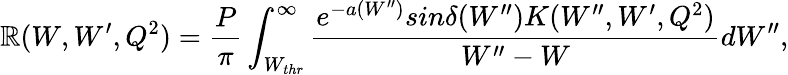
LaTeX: \mathbb{R}(W,W^{\prime},Q^{2})=\frac{{P}}{{\pi}}\int_{W_{thr}}^{\infty}\frac{{e^{-a(W^{\prime\prime})}sin\delta(W^{\prime\prime})K(W^{\prime\prime},W^{\prime},Q^{2})}}{{W^{\prime\prime}-W}}dW^{\prime\prime},